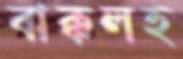
বাক্‌কলহ